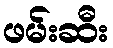
ဖမ်းဆီး